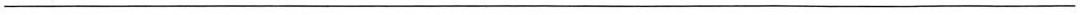
___